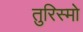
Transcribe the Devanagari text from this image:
तुरिस्मो